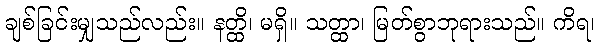
ချစ်ခြင်းမျှသည်လည်း။ နတ္ထိ၊ မရှိ။ သတ္ထာ၊ မြတ်စွာဘုရားသည်။ ကိရ၊